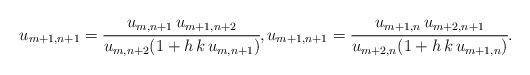
LaTeX: \begin{align*}u_{m+1,n+1}=\cfrac{u_{m,n+1}\,u_{m+1,n+2}}{u_{m,n+2}(1+h\,k\,u_{m,n+1})},u_{m+1,n+1}=\cfrac{u_{m+1,n}\,u_{m+2,n+1}}{u_{m+2,n}(1+h\,k\,u_{m+1,n})}.\end{align*}